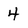
Character: 4